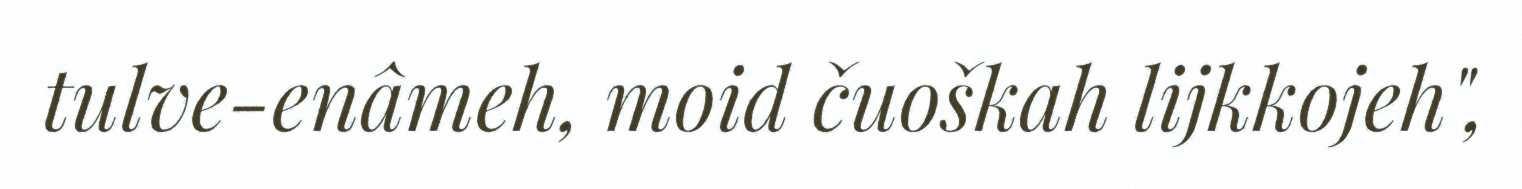
tulve-enâmeh, moid čuoškah lijkkojeh",